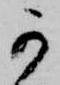
可